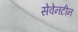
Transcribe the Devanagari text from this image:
सेवेनटीन